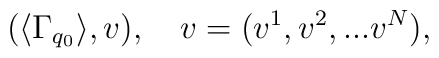
(\langle \Gamma_{q_0} \rangle,v),\quad v=(v^1, v^2,...v^N),